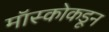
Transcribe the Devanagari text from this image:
मॉस्कोकडून